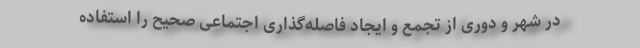
در شهر و دوری از تجمع و ایجاد فاصله‌گذاری اجتماعی صحیح را استفاده